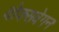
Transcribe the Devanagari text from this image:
वोक्सवेगन